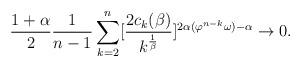
LaTeX: \begin{align*}\frac{1+ \alpha }{2} \frac{1}{n-1} \sum_{k=2}^n [\frac{2c_k(\beta)}{k^{\frac{1}{\beta}}}]^{2\alpha(\varphi^{n-k}\omega) - \alpha} \rightarrow 0.\end{align*}